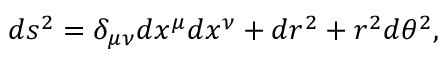
d s ^ { 2 } = \delta _ { \mu \nu } d x ^ { \mu } d x ^ { \nu } + d r ^ { 2 } + r ^ { 2 } d \theta ^ { 2 } ,